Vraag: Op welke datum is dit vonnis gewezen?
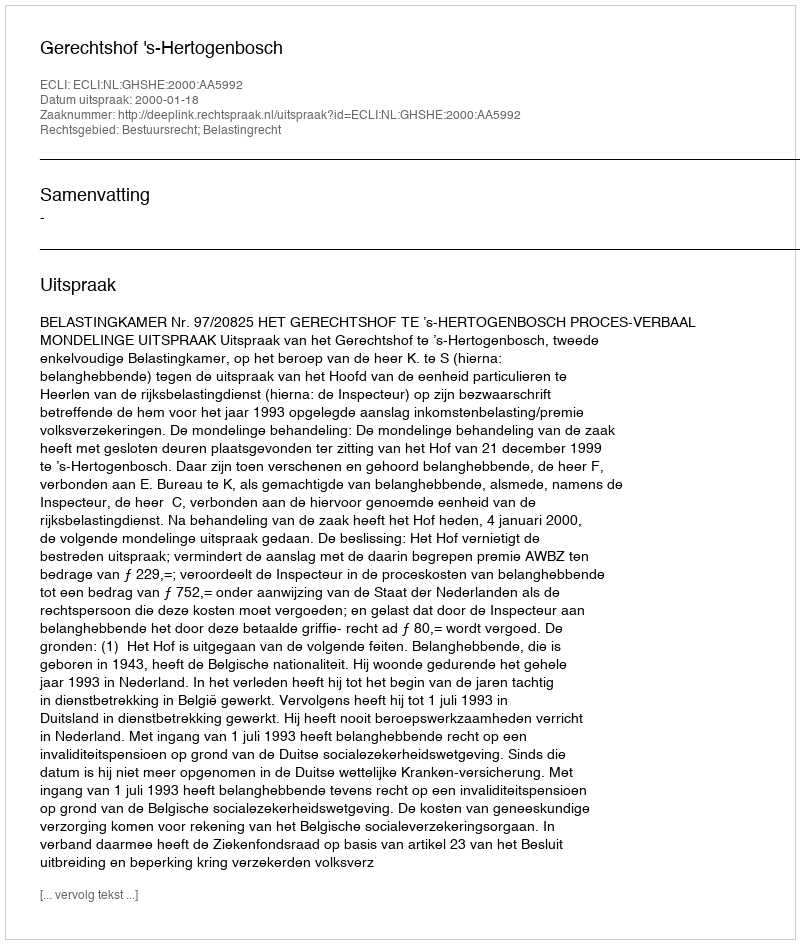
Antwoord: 2000-01-18